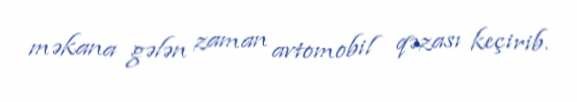
məkana gələn zaman avtomobil qəzası keçirib.